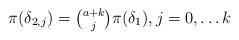
LaTeX: \begin{align*}\pi(\delta_{2,j}) = \tbinom{a+k}{j} \pi(\delta_1), j=0, \dots k\end{align*}